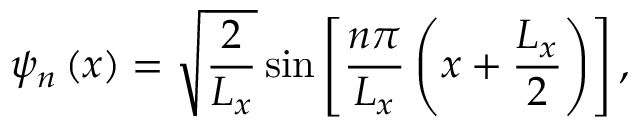
\psi _ { n } \left( x \right) = \sqrt { \frac { 2 } { L _ { x } } } \sin \left[ \frac { n \pi } { L _ { x } } \left( x + \frac { L _ { x } } { 2 } \right) \right] ,